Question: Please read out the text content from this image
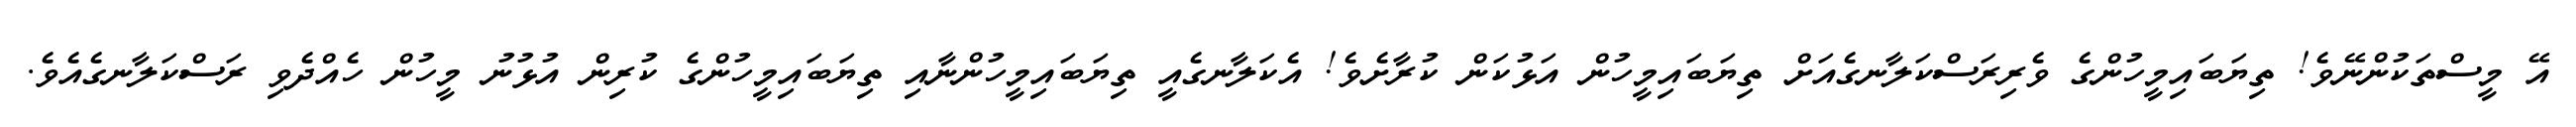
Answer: އޭ މީސްތަކުންނޭވެ! ތިޔަބައިމީހުންގެ ވެރިރަސްކަލާނގެއަށް ތިޔަބައިމީހުން އަޅުކަން ކުރާށެވެ! އެކަލާނގެއީ ތިޔަބައިމީހުންނާއި ތިޔަބައިމީހުންގެ ކުރިން އުޅުނު މީހުން ހެއްދެވި ރަސްކަލާނގެއެވެ.